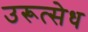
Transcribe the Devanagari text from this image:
उरूत्सेध